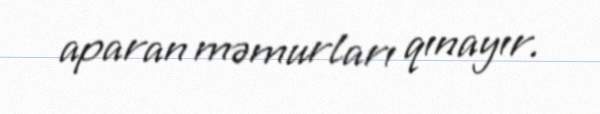
aparan məmurları qınayır.